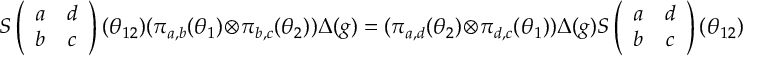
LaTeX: S \left( \begin{array} { c c } { { a } } & { { d } } \\ { { b } } & { { c } } \end{array} \right) ( \theta _ { 1 2 } ) ( \pi _ { a , b } ( \theta _ { 1 } ) \otimes \pi _ { b , c } ( \theta _ { 2 } ) ) \Delta ( g ) = ( \pi _ { a , d } ( \theta _ { 2 } ) \otimes \pi _ { d , c } ( \theta _ { 1 } ) ) \Delta ( g ) S \left( \begin{array} { c c } { { a } } & { { d } } \\ { { b } } & { { c } } \end{array} \right) ( \theta _ { 1 2 } )